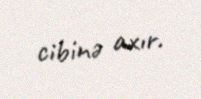
cibinə axır.